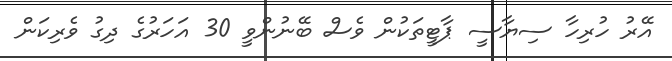
އޭރު ހުރިހާ ސިޔާސީ ޕާޓީތަކުން ވެސް ބޭނުންވީ 30 އަހަރުގެ ދިގު ވެރިކަން